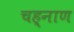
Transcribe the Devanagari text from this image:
चह्नाण